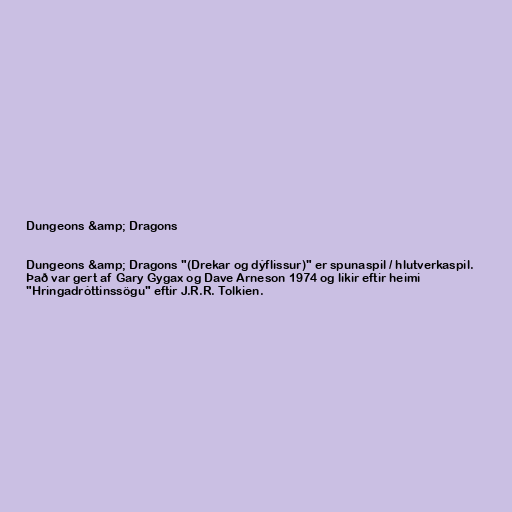
Dungeons &amp; Dragons

Dungeons &amp; Dragons "(Drekar og dýflissur)" er spunaspil / hlutverkaspil.
Það var gert af Gary Gygax og Dave Arneson 1974 og líkir eftir heimi
"Hringadróttinssögu" eftir J.R.R. Tolkien.